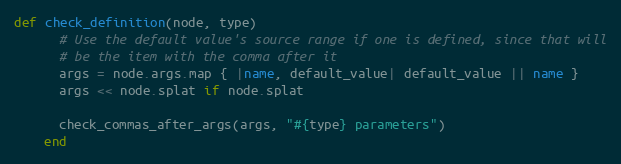
Language: Ruby
def check_definition(node, type)
      # Use the default value's source range if one is defined, since that will
      # be the item with the comma after it
      args = node.args.map { |name, default_value| default_value || name }
      args << node.splat if node.splat

      check_commas_after_args(args, "#{type} parameters")
    end